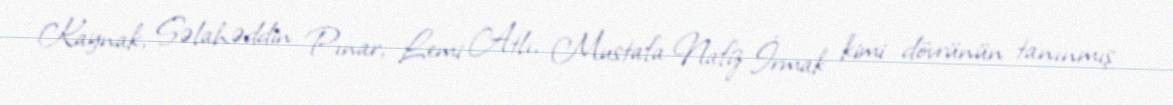
Kaynak, Səlahəddin Pınar, Lemi Atlı, Mustafa Nafiz İrmak kimi dövrünün tanınmış